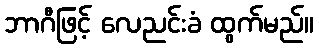
ဘာဂီဖြင့် လေညင်းခံ ထွက်မည်။